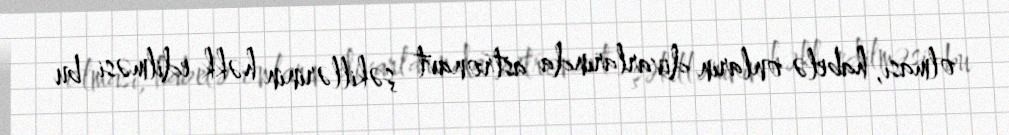
olması, habelə onların divarlarında astronavt şəkillərinin həkk edilməsi bu